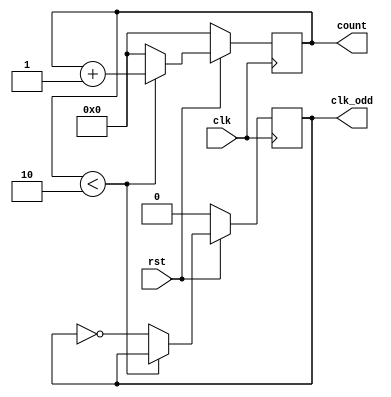
module Even_division(clk,rst,count,clk_odd);
input        clk,rst;
output       clk_odd;
output[3:0] count;
reg          clk_odd;
reg[3:0]     count;
parameter    N = 6;
  
    always @ (posedge clk)
      if(! rst) 
        begin
          count <= 1'b0;
          clk_odd <= 1'b0;
        end
      else       
        if ( count < N/2-1) 
          begin          
            count <= count + 1'b1;            
          end
        else
          begin        
            count <= 1'b0;
            clk_odd <= ~clk_odd;      
          end
endmodule